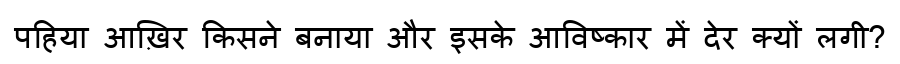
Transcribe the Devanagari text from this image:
पहिया आख़िर किसने बनाया और इसके आविष्कार में देर क्यों लगी?